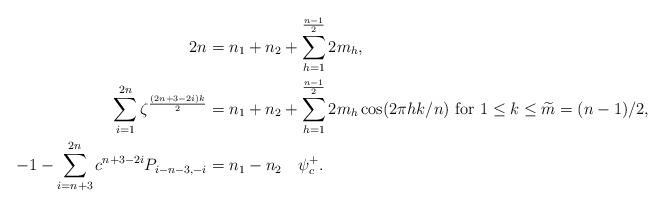
LaTeX: \begin{align*} 2n&=n_1 +n_2 +\sum_{h=1}^{\frac{n-1}{2}}2m_h, \\ \sum_{i=1}^{2n} \zeta^{\frac{(2n+3-2i)k}{2}} &=n_1 +n_2 +\sum_{h=1}^{\frac{n-1}{2}}2m_h\cos (2\pi hk/n)\mbox{ for } 1\leq k\leq \widetilde{m} = (n-1)/2, \\-1 - \sum_{i=n+3}^{2n} c^{n+3-2i}P_{i-n-3,-i} &=n_1 -n_2 \quad\psi_c^+. \\ \end{align*}